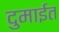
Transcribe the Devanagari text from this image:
दुमाईत